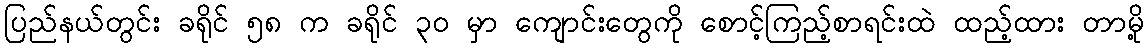
ပြည်နယ်တွင်း ခရိုင် ၅၈ က ခရိုင် ၃၀ မှာ ကျောင်းတွေကို စောင့်ကြည့်စာရင်းထဲ ထည့်ထား တာမို့